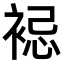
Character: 𧚈